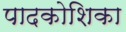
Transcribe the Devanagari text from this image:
पादकोशिका